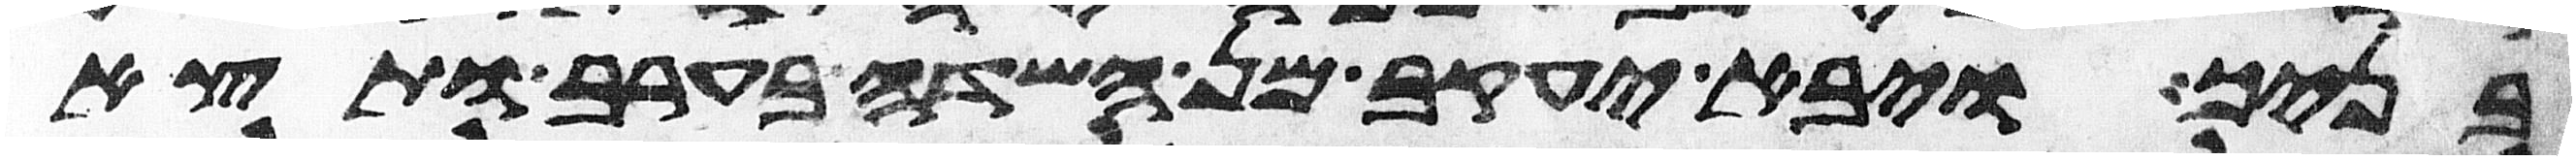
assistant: בניך ויבא יעקב מן השדה בערב ותצא